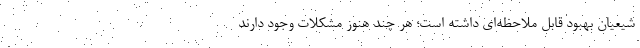
شیعیان بهبود قابل ملاحظه‌ای داشته است؛ هر چند هنوز مشکلات وجود دارند